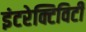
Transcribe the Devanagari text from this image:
इंटरेक्टिविटी